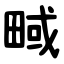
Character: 㽣